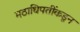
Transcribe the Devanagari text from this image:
मठाधिपतींकडून